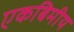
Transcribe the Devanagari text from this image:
एकबिमीय